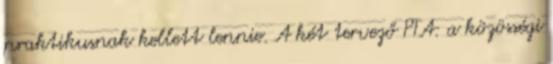
praktikusnak kellett lennie. A két tervező PTA: a közösségi